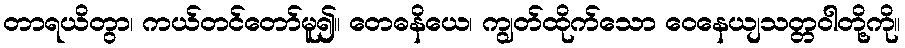
တာရယိတွာ၊ ကယ်တင်တော်မူ၍။ တေဓနိယေ၊ ကျွတ်ထိုက်သော ဝေနေယျသတ္တဝါတို့ကို။